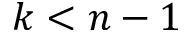
k < n - 1